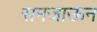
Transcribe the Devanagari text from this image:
समजाऊन